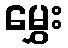
မွှေး